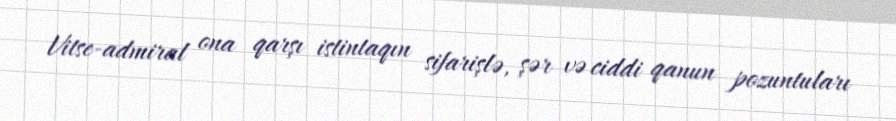
Vitse-admiral ona qarşı istintaqın sifarişlə, şər və ciddi qanun pozuntuları